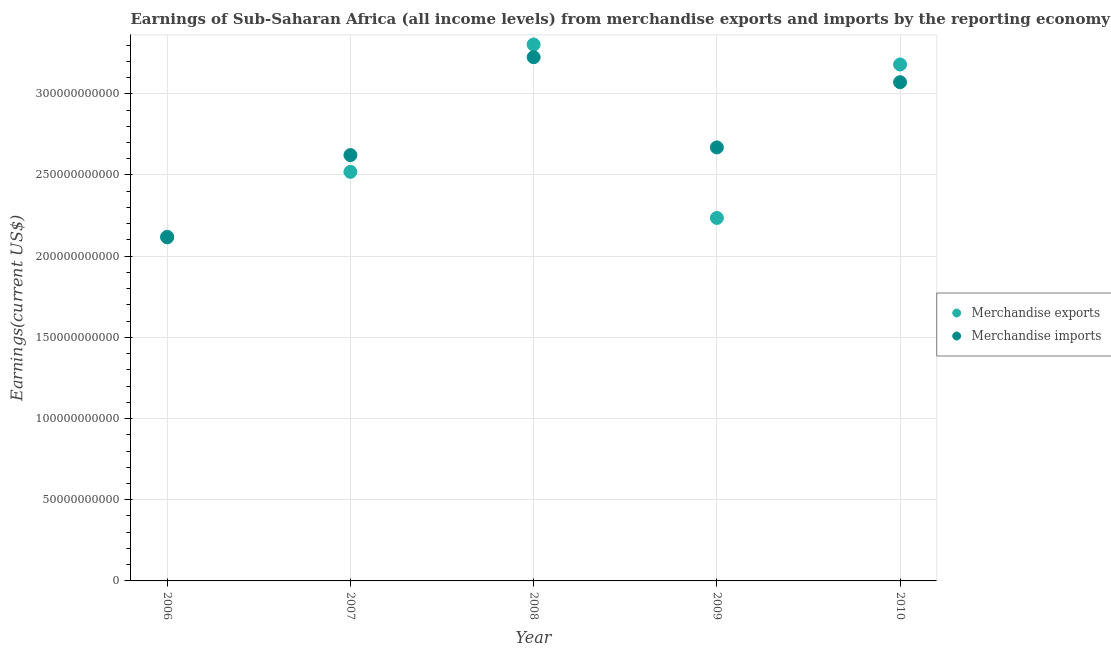
| Year | Merchandise exports | Merchandise imports |
 | --- | --- | --- |
 | 2006 | 2.12e+11 | 2.12e+11 |
 | 2007 | 2.52e+11 | 2.62e+11 |
 | 2008 | 3.3e+11 | 3.23e+11 |
 | 2009 | 2.24e+11 | 2.67e+11 |
 | 2010 | 3.18e+11 | 3.07e+11 |